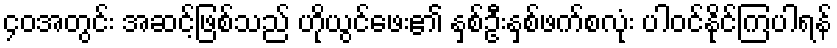
၄၀အတွင်း အဆင့်ဖြစ်သည် ဟိုယွင်ဖေး၏ နှစ်ဦးနှစ်ဖက်စလုံး ပါဝင်နိုင်ကြပါရန်